First report of the anti-malarial operations at Mian Mir, 1901-1903 - Number 6
Year: 1901
Disease focus: Malaria
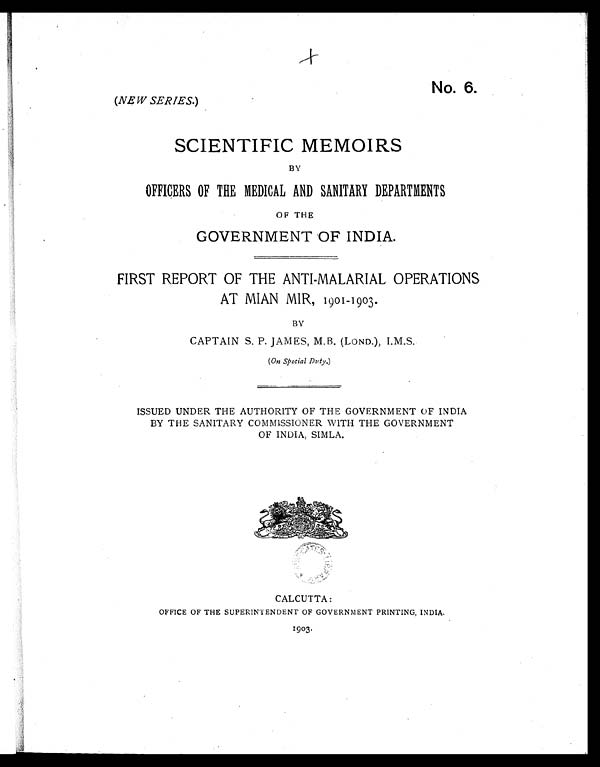
No. 6.
(NEW SERIES.)
SCIENTIFIC MEMOIRS
BY
OFFICERS OF THE MEDICAL AND SANITARY DEPARTMENTS
OF THE
GOVERNMENT OF INDIA.
FIRST REPORT OF THE ANTI-MALARIAL OPERATIONS
AT MIAN MIR, 1901-1903.
BY
CAPTAIN S. P. JAMES, M.B. (LOND.), I.M.S.
(On Special Duty.)
ISSUED UNDER THE AUTHORITY OF THE GOVERNMENT OF INDIA
BY THE SANITARY COMMISSIONER WITH THE GOVERNMENT
OF INDIA, SIMLA.
CALCUTTA:
OFFICE OF THE SUPERINTENDENT OF GOVERNMENT PRINTING, INDIA.
1903.